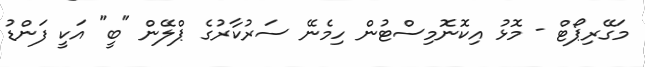
މަގޭރިޕޯޓް - މޮޅު އިކޮނޮމިސްޓުން ހިމެނޭ ސަރުކާރުގެ ޕްލޭން "ބީ" އަކީ ފަންޑު